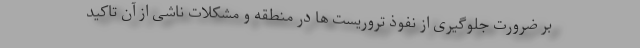
بر ضرورت جلوگیری از نفوذ تروریست ها در منطقه و مشکلات ناشی از آن تاکید